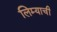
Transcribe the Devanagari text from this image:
लिम्याची